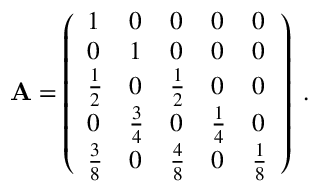
\begin{array} { r } { { \bf A } = \left( \begin{array} { l l l l l } { 1 } & { 0 } & { 0 } & { 0 } & { 0 } \\ { 0 } & { 1 } & { 0 } & { 0 } & { 0 } \\ { \frac { 1 } { 2 } } & { 0 } & { \frac { 1 } { 2 } } & { 0 } & { 0 } \\ { 0 } & { \frac { 3 } { 4 } } & { 0 } & { \frac { 1 } { 4 } } & { 0 } \\ { \frac { 3 } { 8 } } & { 0 } & { \frac { 4 } { 8 } } & { 0 } & { \frac { 1 } { 8 } } \end{array} \right) \; . } \end{array}